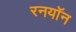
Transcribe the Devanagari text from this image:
रनयॉन